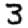
Digit: 3